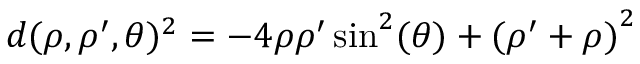
d ( \rho , \rho ^ { \prime } , \theta ) ^ { 2 } = - 4 \rho \rho ^ { \prime } \sin ^ { 2 } ( \theta ) + { ( \rho ^ { \prime } + \rho ) } ^ { 2 }